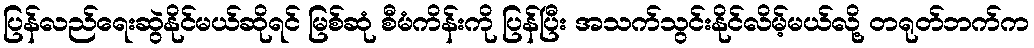
ပြန်လည်ရေးဆွဲနိုင်မယ်ဆိုရင် မြစ်ဆုံ စီမံကိန်းကို ပြန်ပြီး အသက်သွင်းနိုင်လိမ့်မယ်လို့ တရုတ်ဘက်က